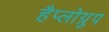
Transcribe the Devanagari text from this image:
हैप्लोग्रुप